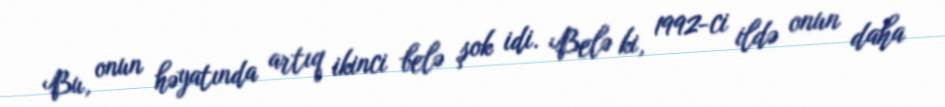
Bu, onun həyatında artıq ikinci belə şok idi. Belə ki, 1992-ci ildə onun daha